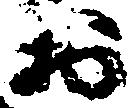
お